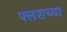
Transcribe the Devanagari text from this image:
फ्लशच्या